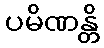
ပမိဏန္တိ